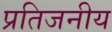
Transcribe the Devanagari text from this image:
प्रतिजनीय